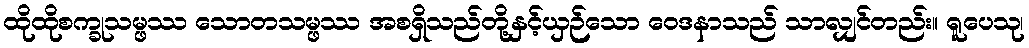
ထိုထိုစက္ခုသမ္ဖဿ သောတသမ္ဖဿ အစရှိသည်တို့နှင့်ယှဉ်သော ဝေဒနာသည် သာလျှင်တည်း။ ရူပေသု၊